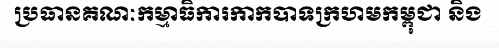
ប្រធានគណៈកម្មាធិការកាកបាទក្រហមកម្ពុជា និង